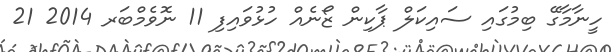
ހީނާމާގޭ ބިމުގައި ސައިކަލް ޕާކިން ޒޯނެއް ހުޅުވައިިފި 11 ނޮވެމްބަރ 2014 21